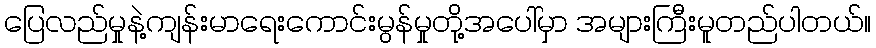
ပြေလည်မှုနဲ့ကျန်းမာရေးကောင်းမွန်မှုတို့အပေါ်မှာ အများကြီးမူတည်ပါတယ်။